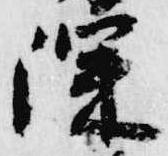
深